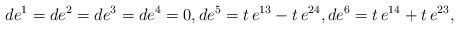
LaTeX: \begin{align*}de^1 = de^2=de^3=de^4=0,de^5 = t\,e^{13} - t\,e^{24} ,de^6 = t\,e^{14} + t\,e^{23},\end{align*}